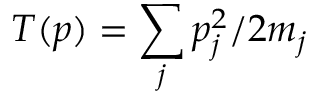
T ( p ) = \sum _ { j } p _ { j } ^ { 2 } / 2 m _ { j }